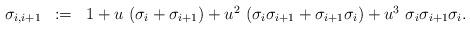
LaTeX: \begin{align*}\begin{array}{lcl}\sigma_{i, i+1} & := & 1 + u\ (\sigma_i+ \sigma_{i+1}) + u^2\ (\sigma_i\sigma_{i+1}+\sigma_{i+1}\sigma_i)+u^3\ \sigma_i\sigma_{i+1}\sigma_i.\\\end{array}\end{align*}